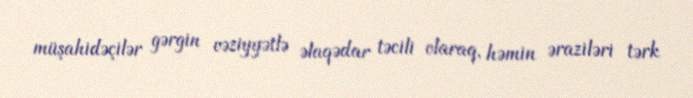
müşahidəçilər gərgin vəziyyətlə əlaqədar təcili olaraq, həmin əraziləri tərk